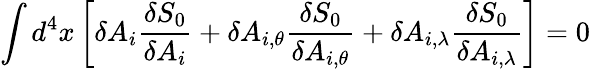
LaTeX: \int d^{4}x\left[\delta A_{i}\frac{\delta S_{0}}{\delta A_{i}}+\delta A_{i,\theta}\frac{\delta S_{0}}{\delta A_{i,\theta}}+\delta A_{i,\lambda}\frac{\delta S_{0}}{\delta A_{i,\lambda}}\right]=0